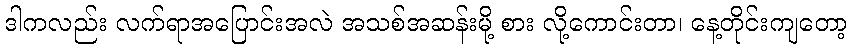
ဒါကလည်း လက်ရာအပြောင်းအလဲ အသစ်အဆန်းမို့ စား လို့ကောင်းတာ၊ နေ့တိုင်းကျတော့